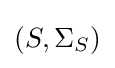
\left(S,\Sigma _{S}\right)